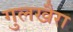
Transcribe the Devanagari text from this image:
गुलखैरा